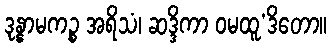
ဒုန္နာမကဉ္စ အရိသံ၊ ဆဒ္ဒိကာ ဝမထူ’ဒိတော။